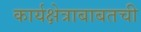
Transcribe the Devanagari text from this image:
कार्यक्षेत्राबाबतची